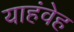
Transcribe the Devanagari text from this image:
याहंवेह